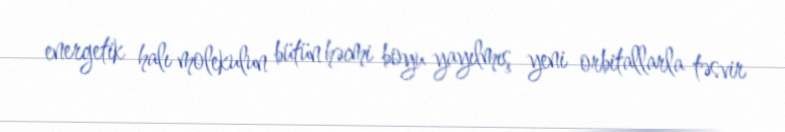
energetik halı molekulun bütün həcmi boyu yayılmış yeni orbitallarla təsvir